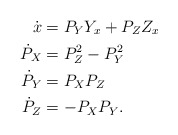
\begin{align*} \dot{x} & = P_Y Y_x + P_Z Z_x \\ \dot{P}_X & = P_Z^2 - P_Y^2 \\ \dot{P}_Y & = P_X P_Z \\ \dot{P}_Z & = -P_X P_Y.\end{align*}